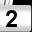
Digit: 2